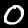
Label: 0